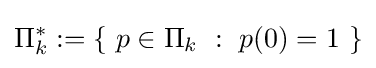
\Pi _{k}^{*}:=\left\lbrace \ p\in \Pi _{k}\ :\ p(0)=1\ \right\rbrace